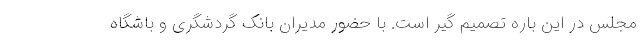
مجلس در این باره تصمیم گیر است. با حضور مدیران بانک گردشگری و باشگاه